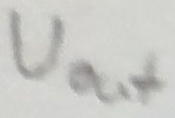
Text: Uout